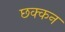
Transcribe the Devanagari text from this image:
छक्कन